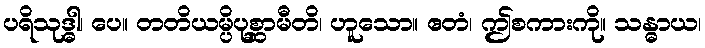
ပရိသုဒ္ဓါ၊ ပေ။ တတိယမ္ပိပုစ္ဆာမီတိ၊ ဟူသော။ ဧတံ၊ ဤစကားကို။ သန္ဓာယ၊